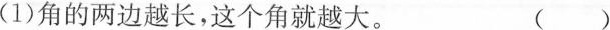
(1)角的两边越长，这个角就越大。 ()